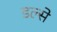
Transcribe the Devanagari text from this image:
डल्से